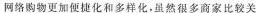
网络购物更加便捷化和多样化，虽然很多商家比较关